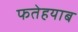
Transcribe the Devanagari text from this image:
फतेहयाब